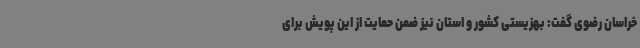
خراسان رضوی گفت: بهزیستی کشور و استان نیز ضمن حمایت از این پویش برای